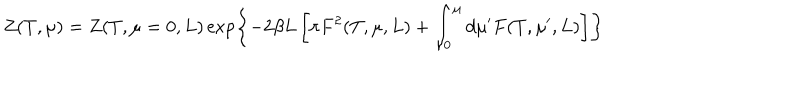
LaTeX: Z ( T , \mu ) = Z ( T , \mu = 0 , L ) \exp \left\{ - 2 \beta L \left[ \pi F ^ { 2 } ( T , \mu , L ) + \int _ { 0 } ^ { \mu } d \mu ^ { \prime } F ( T , \mu ^ { \prime } , L ) \right] \right\}